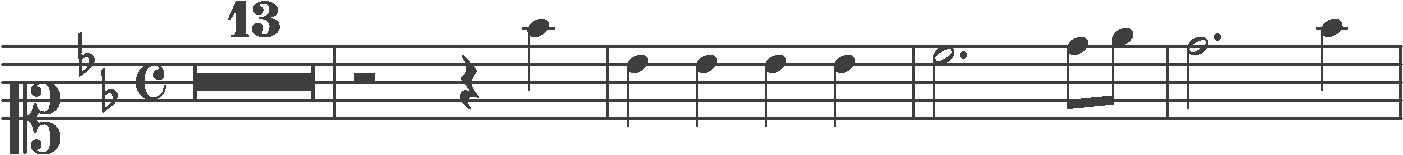
Transcription: clef-C1 keySignature-BbM timeSignature-C multirest-13 barline rest-half rest-quarter note-F5_quarter barline note-Bb4_quarter note-Bb4_quarter note-Bb4_quarter note-Bb4_quarter barline note-C5_half. note-D5_eighth note-Eb5_eighth barline note-D5_half. note-F5_quarter barline